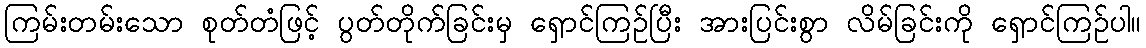
ကြမ်းတမ်းသော စုတ်တံဖြင့် ပွတ်တိုက်ခြင်းမှ ရှောင်ကြဉ်ပြီး အားပြင်းစွာ လိမ်ခြင်းကို ရှောင်ကြဉ်ပါ။